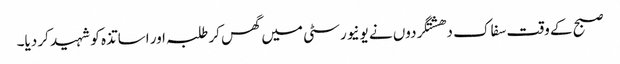
صبح کے وقت سفاک دھشتگردوں نے یونیورسٹی میں گھس کر طلبہ اور اساتذہ کو شہید کر دیا۔